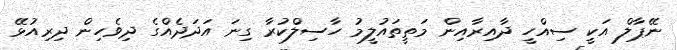
ނޭޕާލް އަކީ ސިއްހީ ދާއިރާއިން މަތީތައުލީމު ހާސިލްކުރާ ގިނަ އަދަދެއްގެ ދިވެހިން ދިރިއުޅޭ